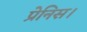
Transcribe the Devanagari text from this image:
प्रेनिस।